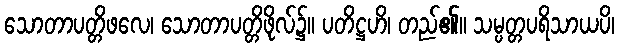
သောတာပတ္တိဖလေ၊ သောတာပတ္တိဖိုလ်၌။ ပတိဋ္ဌဟိ၊ တည်၏။ သမ္ပတ္တပရိသာယပိ၊